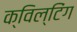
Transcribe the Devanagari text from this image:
क्विल्टिंग